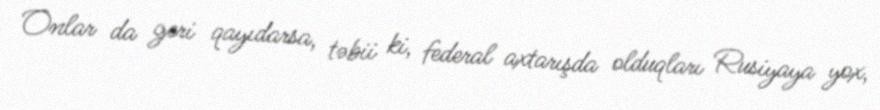
Onlar da geri qayıdarsa, təbii ki, federal axtarışda olduqları Rusiyaya yox,